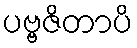
ပဗ္ဗဇိတာပိ